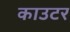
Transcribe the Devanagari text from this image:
काउटर